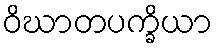
ဝိဃာတပက္ခိယာ